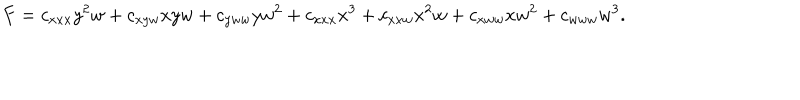
F = c _ { x x x } y ^ { 2 } w + c _ { x y w } x y w + c _ { y w w } y w ^ { 2 } + c _ { x x x } x ^ { 3 } + c _ { x x w } x ^ { 2 } w + c _ { x w w } x w ^ { 2 } + c _ { w w w } w ^ { 3 } .